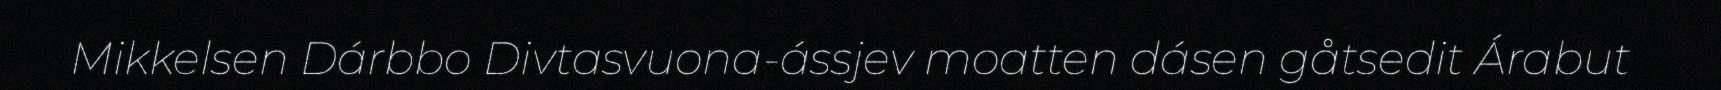
Mikkelsen Dárbbo Divtasvuona-ássjev moatten dásen gåtsedit Árabut